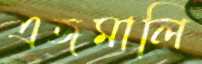
এজমালি